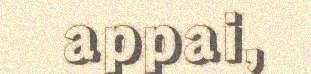
appai,